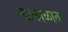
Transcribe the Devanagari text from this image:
च्याकाळात